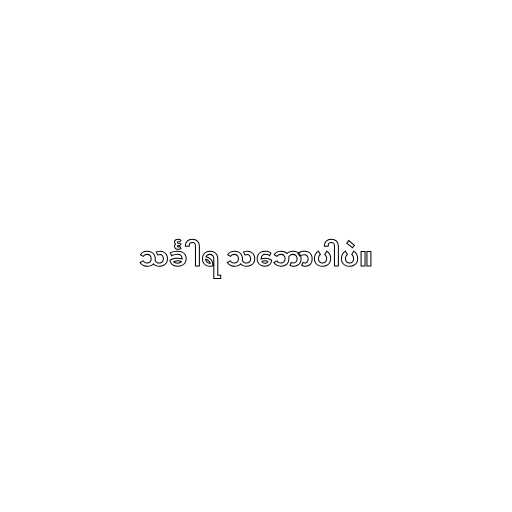
သင်္ခါရ သ‌ဘောပါပဲ။